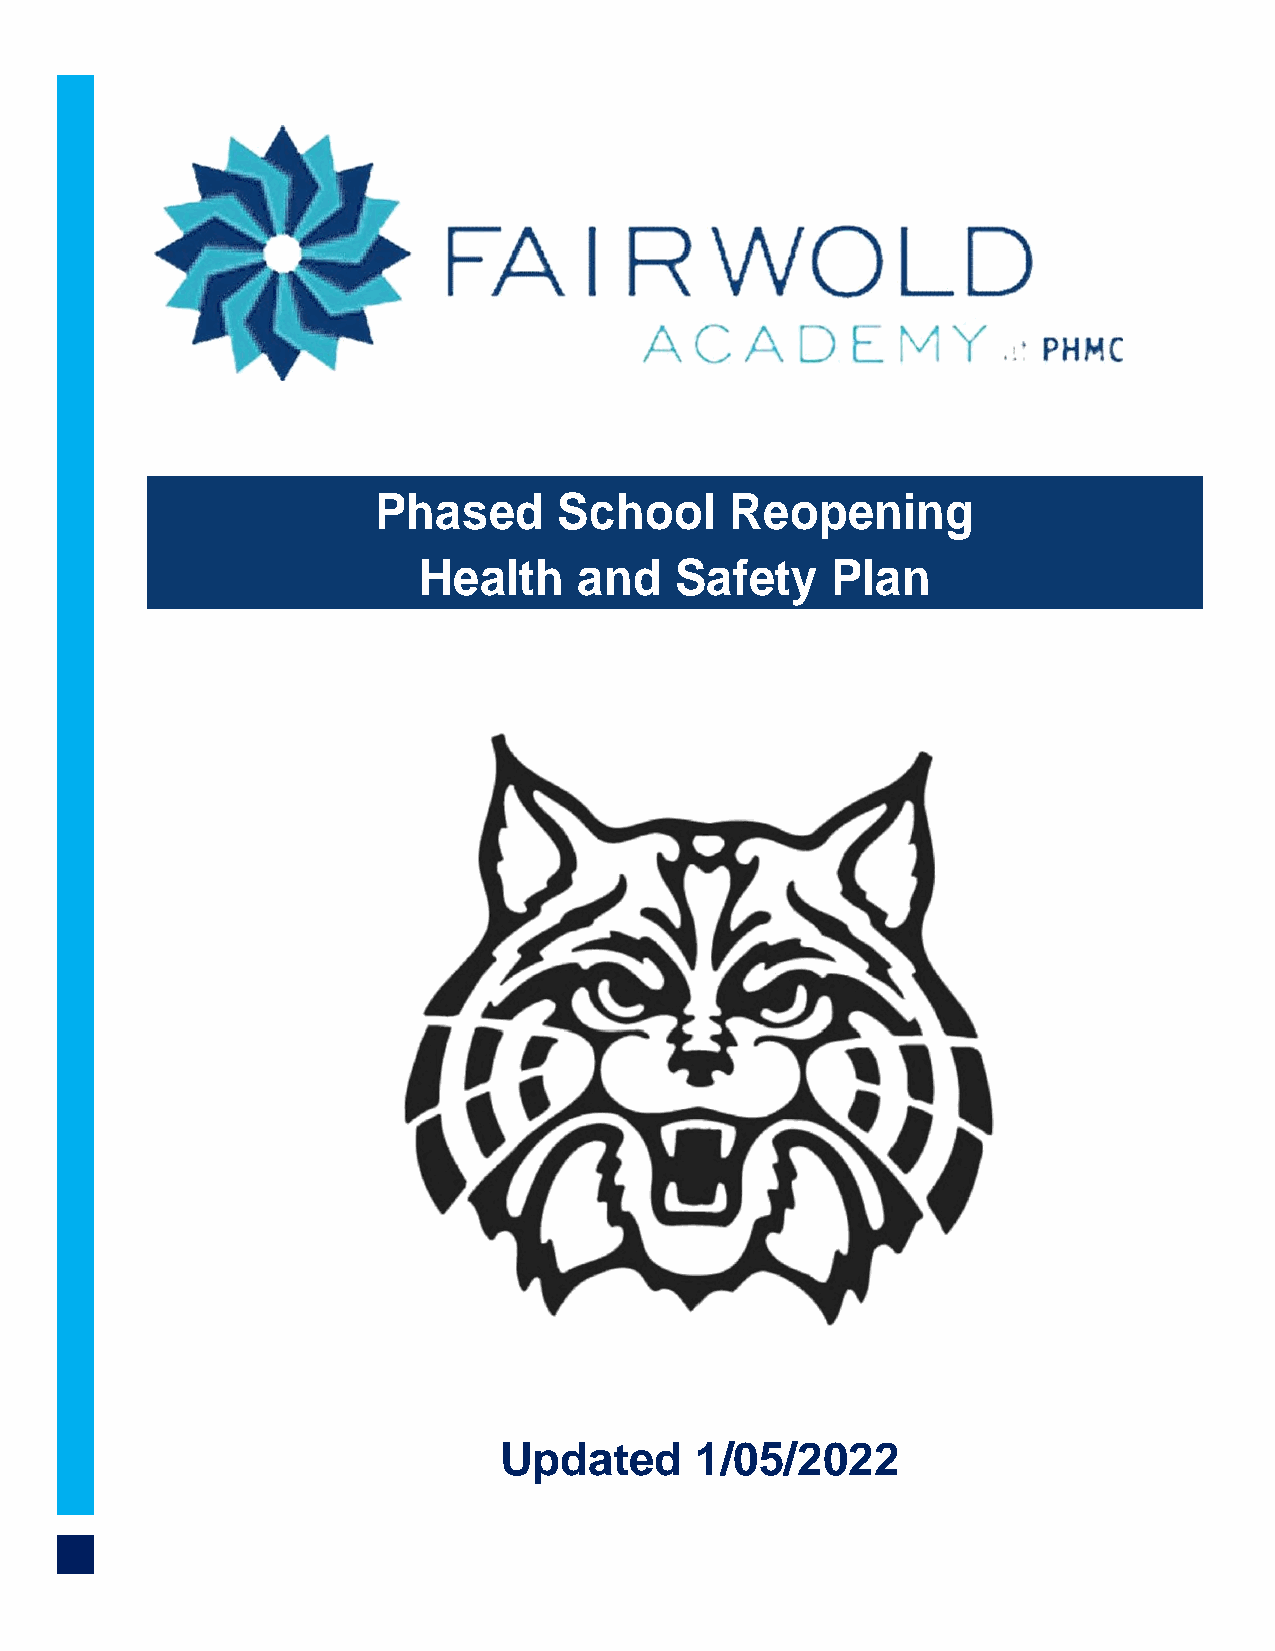
Phased      School     Reopening
 Health    and    Safety    Plan
 Updated      1/05/2022